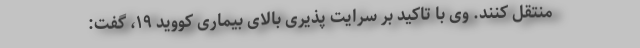
منتقل کنند. وی با تاکید بر سرایت پذیری بالای بیماری کووید ۱۹، گفت: